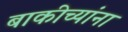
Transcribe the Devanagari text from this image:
बाकीच्यांना